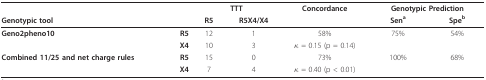
|  |  | <COLSPAN=2> TTT | Concordance | <COLSPAN=2> Genotypic Prediction |
 | Genotypic tool |  | R5 | R5X4/X4 |  | Sena | Speb |
 | --- | --- | --- | --- | --- | --- | --- |
 | Geno2pheno10 | R5 | 12 | 1 | 58% | 75% | 54% |
 |  | X4 | 10 | 3 | κ = 0.15 (p = 0.14) |  |  |
 | Combined 11/25 and net charge rules | R5 | 15 | 0 | 73% | 100% | 68% |
 |  | X4 | 7 | 4 | κ = 0.40 (p < 0.01) |  |  |